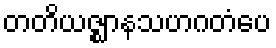
တတိယဇ္ဈာနသဟဂတံပေ